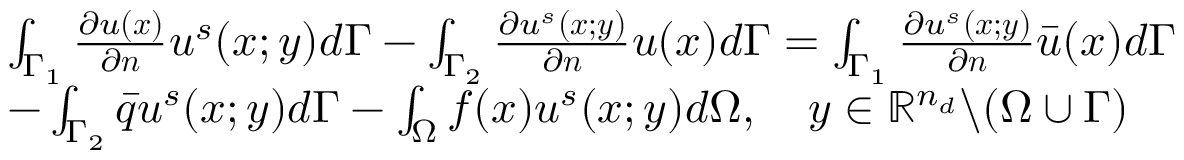
\begin{array} { r l } & { \int _ { \Gamma _ { 1 } } \frac { \partial u ( \boldsymbol { x } ) } { \partial \boldsymbol { n } } u ^ { s } ( \boldsymbol { x ; y } ) d \Gamma - \int _ { \Gamma _ { 2 } } \frac { \partial u ^ { s } ( \boldsymbol { x ; y } ) } { \partial \boldsymbol { n } } u ( \boldsymbol { x } ) d \Gamma = \int _ { \Gamma _ { 1 } } \frac { \partial u ^ { s } ( \boldsymbol { x ; y } ) } { \partial \boldsymbol { n } } \bar { u } ( \boldsymbol { x } ) d \Gamma } \\ & { - \int _ { \Gamma _ { 2 } } \bar { q } u ^ { s } ( \boldsymbol { x ; y } ) d \Gamma - \int _ { \Omega } f ( \boldsymbol { x } ) u ^ { s } ( \boldsymbol { x ; y } ) d \Omega , \quad \boldsymbol { y } \in \mathbb { R } ^ { n _ { d } } \backslash ( \Omega \cup \Gamma ) } \end{array}